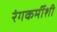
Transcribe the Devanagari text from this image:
रंगकर्मीशी